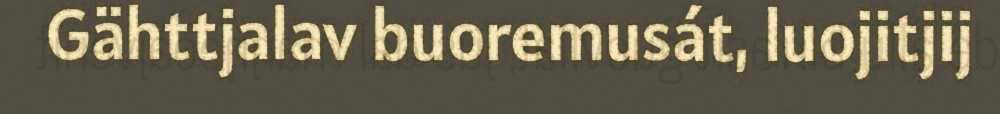
Gähttjalav buoremusát, luojitjij